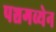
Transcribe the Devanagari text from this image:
पञ्चगव्येन